Cholera in India, 1862 to 1881
Year: 1862
Disease focus: Cholera
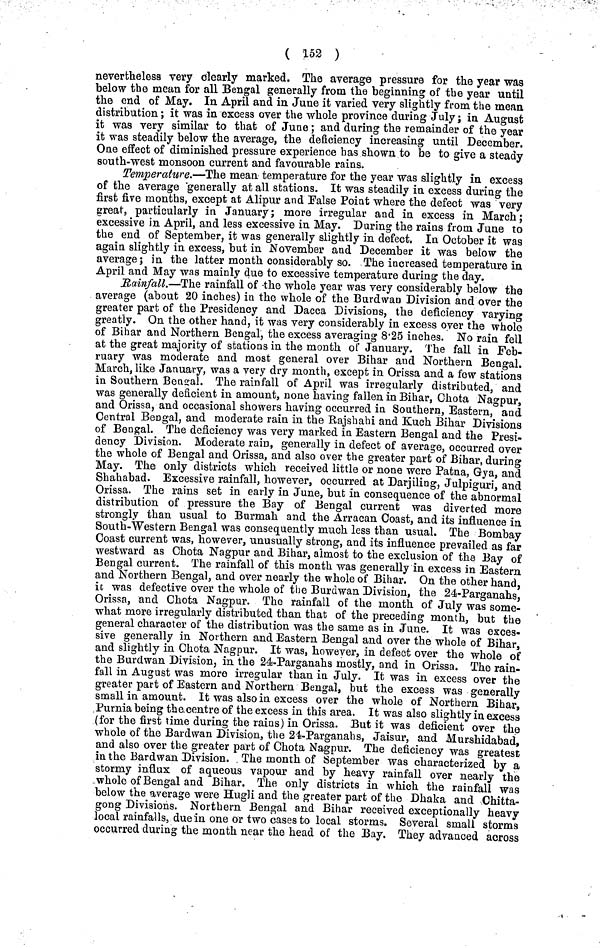
( 152 )
nevertheless very clearly marked. The average pressure for the year was
below the mean for all Bengal generally from the beginning of the year until
the end of May. In April and in June it varied very slightly from the mean
distribution; it was in excess over the whole province during July; in August
it was very similar to that of June; and during the remainder of the year
it was steadily below the average, the deficiency increasing until December.
One effect of diminished pressure experience has shown to be to give a steady
south-west monsoon current and favourable rains.
Temperature.—The mean temperature for the year was slightly in excess
of the average generally at all stations. It was steadily in excess during the
first five month except at Alipur and False Point where the defect was very
great, particularly in January; more irregular and in excess in March;
excessive in April, and less excessive in May. During the rains from June to
the end of September, it was generally slightly in defect, In October it was
again slightly in excess, but in November and December it was below the
average; in the latter month considerably so. The increased temperature in
April and May was mainly due to excessive temperature during the day.
Rainfall.—The rainfall of -the whole year was very considerably below the
average (about 20 inches) in the whole of the Burdwan Division and over the
greater part of the Presidency and Dacca Divisions, the deficiency varying
greatly. On the other hand, it was very considerably in excess over the whole
of Bihar and Northern Bengal, the excess averaging 8·25 inches. No rain fell
at the great majority of stations in the month of January. The fall in Feb-
ruary was moderate and most general over Bihar and Northern Bengal.
March, like January, was a very dry month, except in Orissa and a few stations
in Southern Bengal. The rainfall of April was irregularly distributed, and
was generally deficient in amount, none having fallen in Bihar, Chota Nagpur,
and Orissa, and occasional showers having occurred in Southern, Eastern, and
Central Bengal, and moderate rain in the Rajshahi and Kuch Bihar Divisions
of Bengal. The deficiency was very marked in Eastern Bengal and the Presi-
dency Division. Moderate rain, generally in defect of average, occurred over
the whole of Bengal and Orissa, and also over the greater part of Bihar, during
May. The only districts which received little or none were Patna, Gya, and
Shahabad. Excessive rainfall, however, occurred at Darjiling, Julpiguri, and
Orissa. The rains set in early in June, but in consequence of the abnormal
distribution of pressure the Bay of Bengal current was diverted more
strongly than usual to Burmah and the Arracan Coast, and its influence in
South-Western Bengal was consequently much less than usual. The Bombay
Coast current was, however, unusually strong, and its influence prevailed as far
westward as Chota Nagpur and Bihar, almost to the exclusion of the Bay of
Bengal current. The rainfall of this month was generally in excess in Eastern
and Northern Bengal, and over nearly the whole of Bihar. On the other hand,
it was defective over the whole of the Burdwan Division, the 24-Parganahs,
Orissa, and Chota Nagpur. The rainfall of the month of July was some-
what more irregularly distributed than that of the preceding month, but the
general character of the distribution was the same as in June. It was exces-
sive generally in Northern and Eastern Bengal and over the whole of Bihar,
and slightly in Chota Nagpur. It was, however, in defect over the whole of
the Burdwan Division, in the 24-Parganahs mostly, and in Orissa. The rain-
fall in August was more irregular than in July. It was in excess over the
greater part of Eastern and Northern Bengal, but the excess was generally
small in amount. It was also in excess over the whole of Northern Bihar,
Purnia being the. centre of the excess in this area. It was also slightly in excess
(for the first time during the rains) in Orissa. But it was deficient over the
whole of the Bardwan Division, the 24-Parganahs, Jaisur, and Murshidabad,
and also over the greater part of Chota Nagpur. The deficiency was greatest
in the Bardwan Division. The month of September was characterized by a
stormy influx of aqueous vapour and by heavy rainfall over nearly the
whole of Bengal and Bihar. The only districts in which the rainfall was
below the average were Hugli and the greater part of the Dhaka and Chitta-
gong Divisions. Northern Bengal and Bihar received exceptionally heavy
local rainfalls, due in one or two cases to local storms. Several small storms
occurred during the month near the head of the Bay. They advanced across